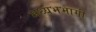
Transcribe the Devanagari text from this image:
मध्यभभागी